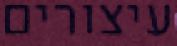
עיצורים